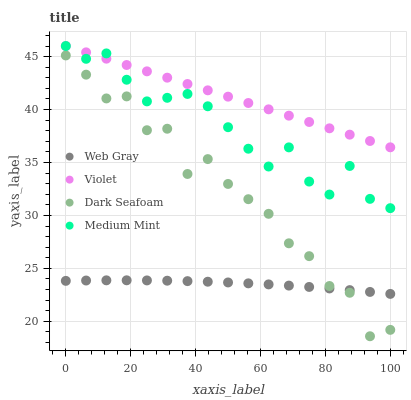
| xaxis_label | Web Gray | Violet | Dark Seafoam | Medium Mint |
 | --- | --- | --- | --- | --- |
 | 0 | 23.8 | 46 | 45.1 | 46 |
 | 6.25 | 23.9 | 45.4 | 43.3 | 44.8 |
 | 12.5 | 23.9 | 44.8 | 41 | 45.3 |
 | 18.8 | 23.9 | 44.2 | 41.2 | 42.8 |
 | 25 | 23.9 | 43.6 | 38 | 40.8 |
 | 31.2 | 23.8 | 43 | 38.2 | 41.1 |
 | 37.5 | 23.8 | 42.4 | 33.9 | 41.5 |
 | 43.8 | 23.7 | 41.8 | 35.3 | 40.3 |
 | 50 | 23.7 | 41.2 | 33 | 38.3 |
 | 56.2 | 23.6 | 40.6 | 31.5 | 36.3 |
 | 62.5 | 23.5 | 40 | 30.2 | 34.6 |
 | 68.8 | 23.4 | 39.4 | 27.4 | 36.4 |
 | 75 | 23.2 | 38.8 | 26.2 | 33.2 |
 | 81.2 | 23.1 | 38.2 | 23.3 | 32 |
 | 87.5 | 22.9 | 37.6 | 22.7 | 34.7 |
 | 93.8 | 22.8 | 37 | 18.6 | 31.6 |
 | 100 | 22.6 | 36.4 | 19.2 | 30.7 |